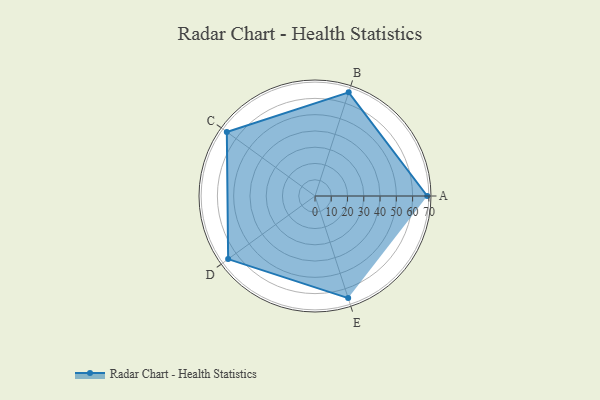
{"axis": {"x": "Skill", "y": "Score"}, "legend": ["Profile"], "data": [{"x": "A", "y": 69.0, "type": "Profile"}, {"x": "B", "y": 67.0, "type": "Profile"}, {"x": "C", "y": 67.0, "type": "Profile"}, {"x": "D", "y": 66.0, "type": "Profile"}, {"x": "E", "y": 66.0, "type": "Profile"}]}